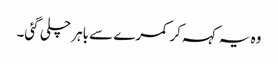
وہ یہ کہہ کر کمرے سے باہر چلی گئی۔